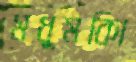
মধুমকিা